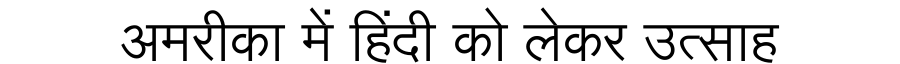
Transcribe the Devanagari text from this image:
अमरीका में हिंदी को लेकर उत्साह